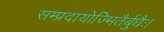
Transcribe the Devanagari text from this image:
सम्प्रदायोज्भितैर्बुधैः।